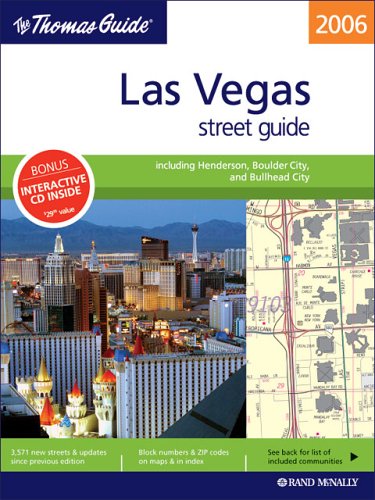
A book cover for Las Vegas Street Guide (Thomas Guide Las Vegas Street Guide); Travel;